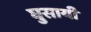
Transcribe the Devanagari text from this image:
घुसायी